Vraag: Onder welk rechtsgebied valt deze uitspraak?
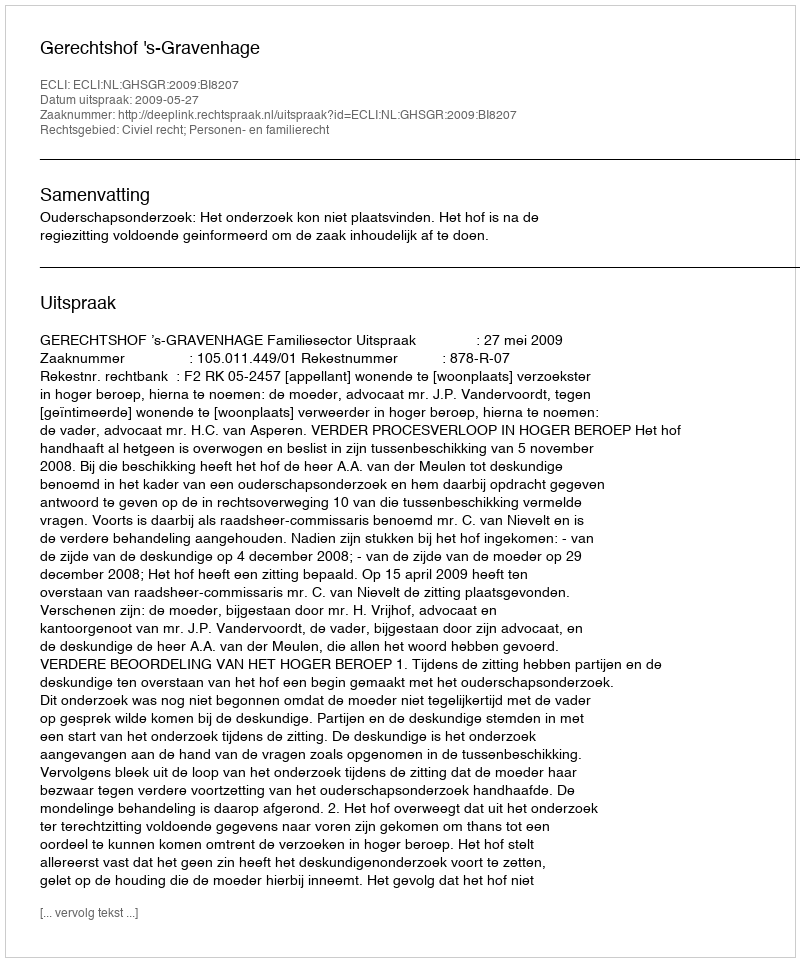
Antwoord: Civiel recht; Personen- en familierecht